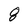
Character: 8